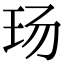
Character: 玚